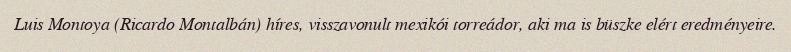
Luis Montoya (Ricardo Montalbán) híres, visszavonult mexikói torreádor, aki ma is büszke elért eredményeire.